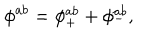
LaTeX: \phi ^ { a b } = \phi _ { + } ^ { a b } + \phi _ { - } ^ { a b } ,